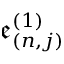
\mathfrak { e } _ { ( n , j ) } ^ { ( 1 ) }